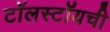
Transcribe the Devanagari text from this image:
टॉलस्टॉयची